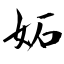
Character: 妬